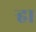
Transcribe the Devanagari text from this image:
र्‍हा